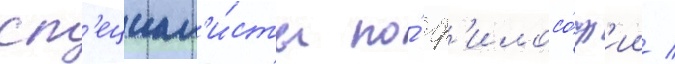
сп'ециал'и́сты по́ ф'илосо́ф'ии /